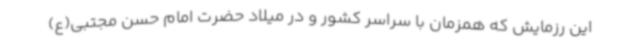
این رزمایش که همزمان با سراسر کشور و در میلاد حضرت امام حسن مجتبی(ع)